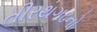
તીરથગઢનો